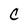
Character: C